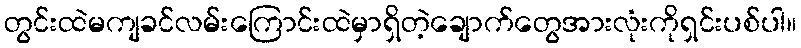
တွင်းထဲမကျခင်လမ်းကြောင်းထဲမှာရှိတဲ့ချောက်တွေအားလုံးကိုရှင်းပစ်ပါ။